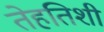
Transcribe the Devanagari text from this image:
तेहतिशी